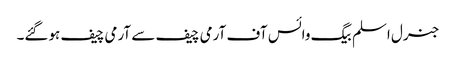
جنرل اسلم بیگ وائس آف آرمی چیف سے آرمی چیف ہوگئے۔